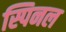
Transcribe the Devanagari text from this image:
स्पिनल